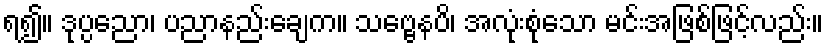
ရ၍။ ဒုပ္ပညော၊ ပညာနည်းချေက။ သဗ္ဗေနပိ၊ အလုံးစုံသော မင်းအဖြစ်ဖြင့်လည်း။